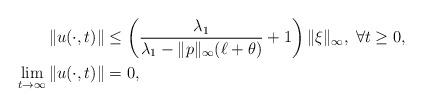
LaTeX: \begin{align*}\|u(\cdot,t)\| & \le \left(\frac{\lambda_1}{\lambda_1-\|p\|_\infty(\ell+\theta)}+1\right)\|\xi\|_\infty,\;\forall t\ge 0,\\\lim_{t\to \infty}\|u(\cdot,t)\| & = 0,\end{align*}